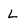
Character: L